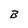
Character: B